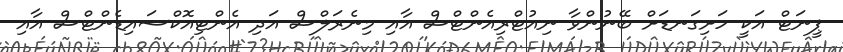
ޕީނަޓް އަކީ ހަށިގަނޑަށް ބޭނުންވާ ނިއުޓްރިއެންޓްސް އާއި މިނެރަލްސް އަދި އެންޓިއޮކްސައިޑެންޓްސް އާއި